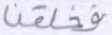
فخلقنا